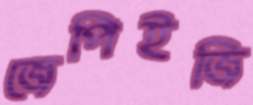
জেপিইজি